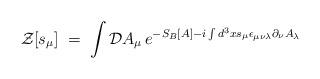
LaTeX: \begin{align*} {\mathcal Z}[s_\mu] \;=\; \int {\mathcal D}A_\mu \,e^{-S_B[A] - i \int d^3x s_\mu \epsilon_{\mu\nu\lambda}\partial_\nu A_\lambda}\end{align*}